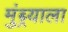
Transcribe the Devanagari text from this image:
मुंब्र्याला